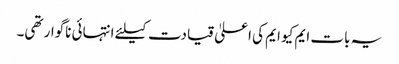
یہ بات ایم کیو ایم کی اعلیٰ قیادت کیلئے انتہائی ناگوار تھی۔